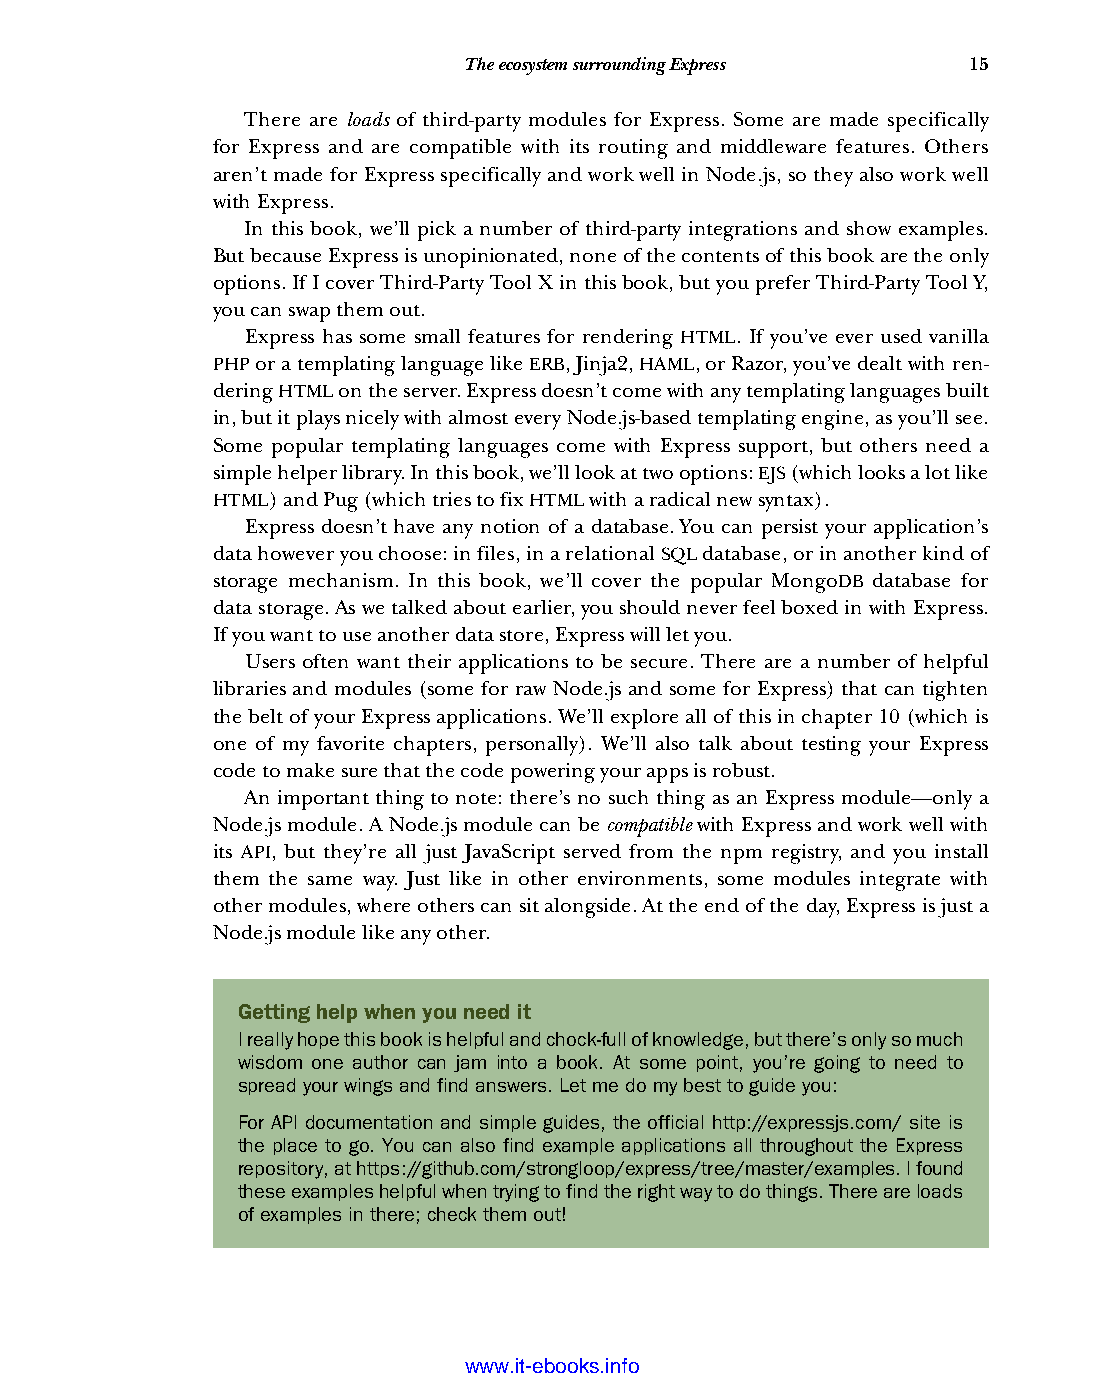
The ecosystem surrounding Express 15
 There are loads of third-party modules for Express. Some are made specifically
 for Express and are compatible with its routing and middleware features. Others
 aren’t made for Express specifically and work well in Node.js, so they also work well
 with Express.
 In this book, we’ll pick a number of third-party integrations and show examples.
 But because Express is unopinionated, none of the contents of this book are the only
 options. If I cover Third-Party Tool X in this book, but you prefer Third-Party Tool Y,
 you can swap them out.
 Express has some small features for rendering HTML. If you’ve ever used vanilla
 PHP or a templating language like ERB, Jinja2, HAML, or Razor, you’ve dealt with ren-
 dering HTML on the server. Express doesn’t come with any templating languages built
 in, but it plays nicely with almost every Node.js-based templating engine, as you’ll see.
 Some popular templating languages come with Express support, but others need a
 simple helper library. In this book, we’ll look at two options: EJS (which looks a lot like
 HTML) and Pug (which tries to fix HTML with a radical new syntax).
 Express doesn’t have any notion of a database. You can persist your application’s
 data however you choose: in files, in a relational SQL database, or in another kind of
 storage mechanism. In this book, we’ll cover the popular MongoDB database for
 data storage. As we talked about earlier, you should never feel boxed in with Express.
 If you want to use another data store, Express will let you.
 Users often want their applications to be secure. There are a number of helpful
 libraries and modules (some for raw Node.js and some for Express) that can tighten
 the belt of your Express applications. We’ll explore all of this in chapter 10 (which is
 one of my favorite chapters, personally). We’ll also talk about testing your Express
 code to make sure that the code powering your apps is robust.
 An important thing to note: there’s no such thing as an Express module—only a
 Node.js module. A Node.js module can be compatible with Express and work well with
 its API, but they’re all just JavaScript served from the npm registry, and you install
 them the same way. Just like in other environments, some modules integrate with
 other modules, where others can sit alongside. At the end of the day, Express is just a
 Node.js module like any other.
 Getting help when you need it
 I really hope this book is helpful and chock-full of knowledge, but there’s only so much
 wisdom one author can jam into a book. At some point, you’re going to need to
 spread your wings and find answers. Let me do my best to guide you:
 For API documentation and simple guides, the official http://expressjs.com/ site is
 the place to go. You can also find example applications all throughout the Express
 repository, at https://github.com/strongloop/express/tree/master/examples. I found
 these examples helpful when trying to find the right way to do things. There are loads
 of examples in there; check them out!
 Licensed wtow w <.mit-ielebro.8o8k8s@.ingfomail.com>